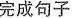
完成句子